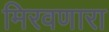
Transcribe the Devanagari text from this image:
मिरवणारा